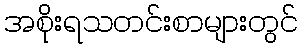
အစိုးရသတင်းစာများတွင်